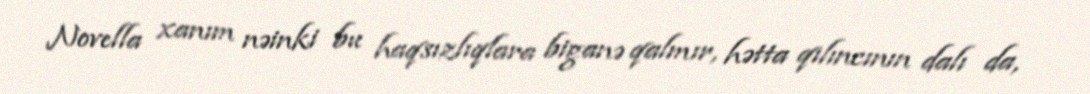
Novella xanım nəinki bu haqsızlıqlara biganə qalmır, hətta qılıncının dalı da,